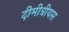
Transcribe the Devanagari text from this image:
दीमीत्रीयस